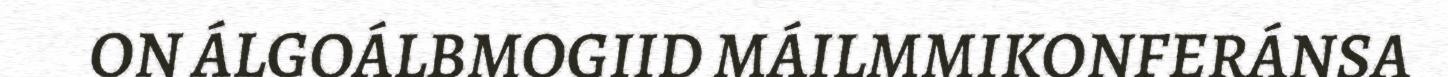
ON ÁLGOÁLBMOGIID MÁILMMIKONFERÁNSA